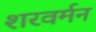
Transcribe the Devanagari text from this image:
शरवर्मन